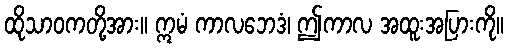
ထိုသာဝကတို့အား။ ဣမံ ကာလဘေဒံ၊ ဤကာလ အထူးအပြားကို။